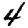
Digit: 4